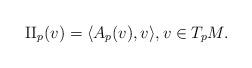
LaTeX: \begin{align*}\mathrm{II}_p(v) = \langle A_p(v), v \rangle, v \in T_p M.\end{align*}